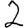
Digit: 2